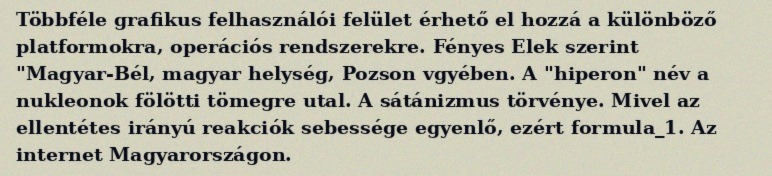
Többféle grafikus felhasználói felület érhető el hozzá a különböző platformokra, operációs rendszerekre. Fényes Elek szerint "Magyar-Bél, magyar helység, Pozson vgyében. A "hiperon" név a nukleonok fölötti tömegre utal. A sátánizmus törvénye. Mivel az ellentétes irányú reakciók sebessége egyenlő, ezért formula_1. Az internet Magyarországon.